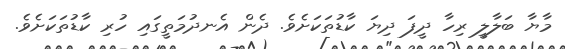
މާޔާ ބަލާލީ ރިހާ ދީފަ ދިޔަ ކާޑުތަކަށެވެ. ދެން އެނދުމަތީގައި ހުރި ކާޑުތަކަށެވެ.